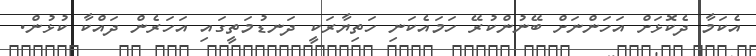
އެކަމާ ދެކޮޅަށް އަހަންނަށް ބޭނުންކުރޭ ހަމައެކަނި ހަތިޔާރަކީ ދަނޑުމަތީގައި އަހަރެން ދައްކާ ކުޅުން.